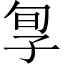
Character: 㝁